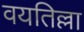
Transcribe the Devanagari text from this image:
वयतिल्ला